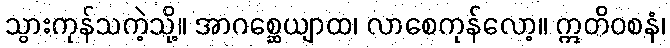
သွားကုန်သကဲ့သို့။ အာဂစ္ဆေယျာထ၊ လာစေကုန်လော့။ ဣတိဝစနံ၊